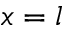
x = l